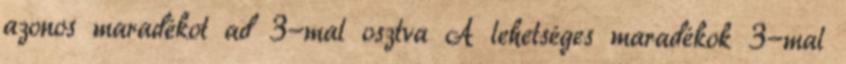
azonos maradékot ad 3-mal osztva A lehetséges maradékok 3-mal